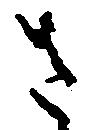
さ